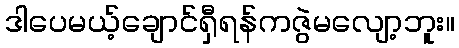
ဒါပေမယ့်ချောင်ရှီရန်ကဇွဲမလျော့ဘူး။